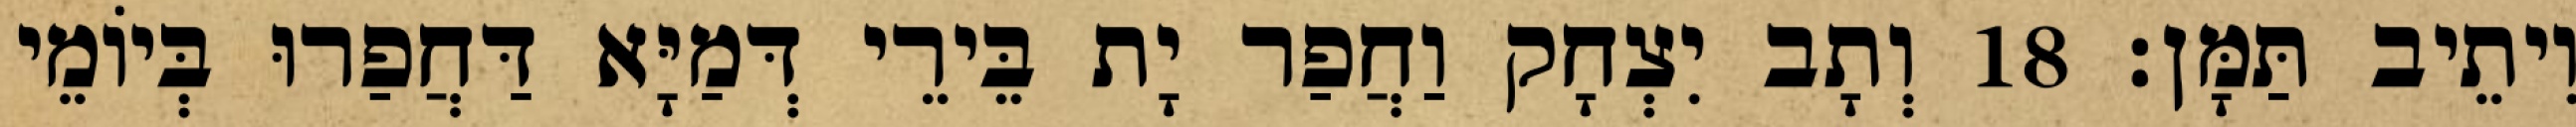
וִיתֵיב תַּמָּן׃ 18 וְתָב יִצְחָק וַחֲפַר יָת בֵּירֵי דְּמַיָּא דַּחֲפַרוּ בְּיוֹמֵי